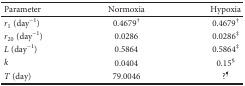
| Parameter | Normoxia | Hypoxia |
 | --- | --- | --- |
 | r1 (day−1) | 0.4679† | 0.4679† |
 | r20 (day−1) | 0.0286 | 0.0286‡ |
 | L (day−1) | 0.5864 | 0.5864‡ |
 | k | 0.0404 | 0.15§ |
 | T (day) | 79.0046 | ?¶ |